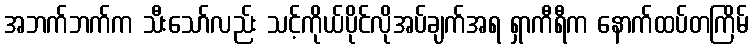
အဘက်ဘက်က သီးသော်လည်း သင့်ကိုယ်ပိုင်လိုအပ်ချက်အရ ရှာကီရီက နောက်ထပ်တကြိမ်